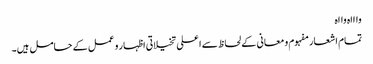
واااہ وااہ
تمام اشعار مفہوم و معانی کے لحاظ سے اعلی تخیلاتی اظہار و عمل کے حامل ہیں۔